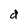
Character: d